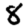
Digit: 8